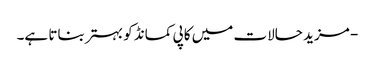
- مزید حالات میں کاپی کمانڈ کو بہتر بناتا ہے۔